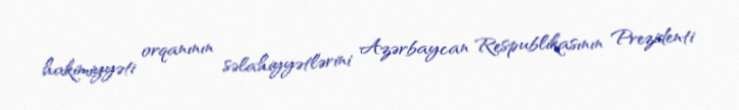
hakimiyyəti orqanının səlahiyyətlərini Azərbaycan Respublikasının Prezidenti